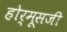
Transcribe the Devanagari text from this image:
होर्मूसजी